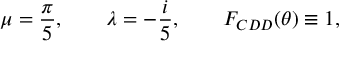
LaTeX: \mu = \frac { \pi } { 5 } , \qquad \lambda = - \frac { i } { 5 } , \qquad F _ { C D D } ( \theta ) \equiv 1 ,